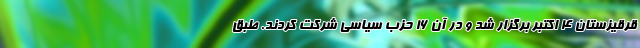
قرقیزستان ۴ اکتبر برگزار شد و در آن ۱۶ حزب سیاسی شرکت کردند. طبق